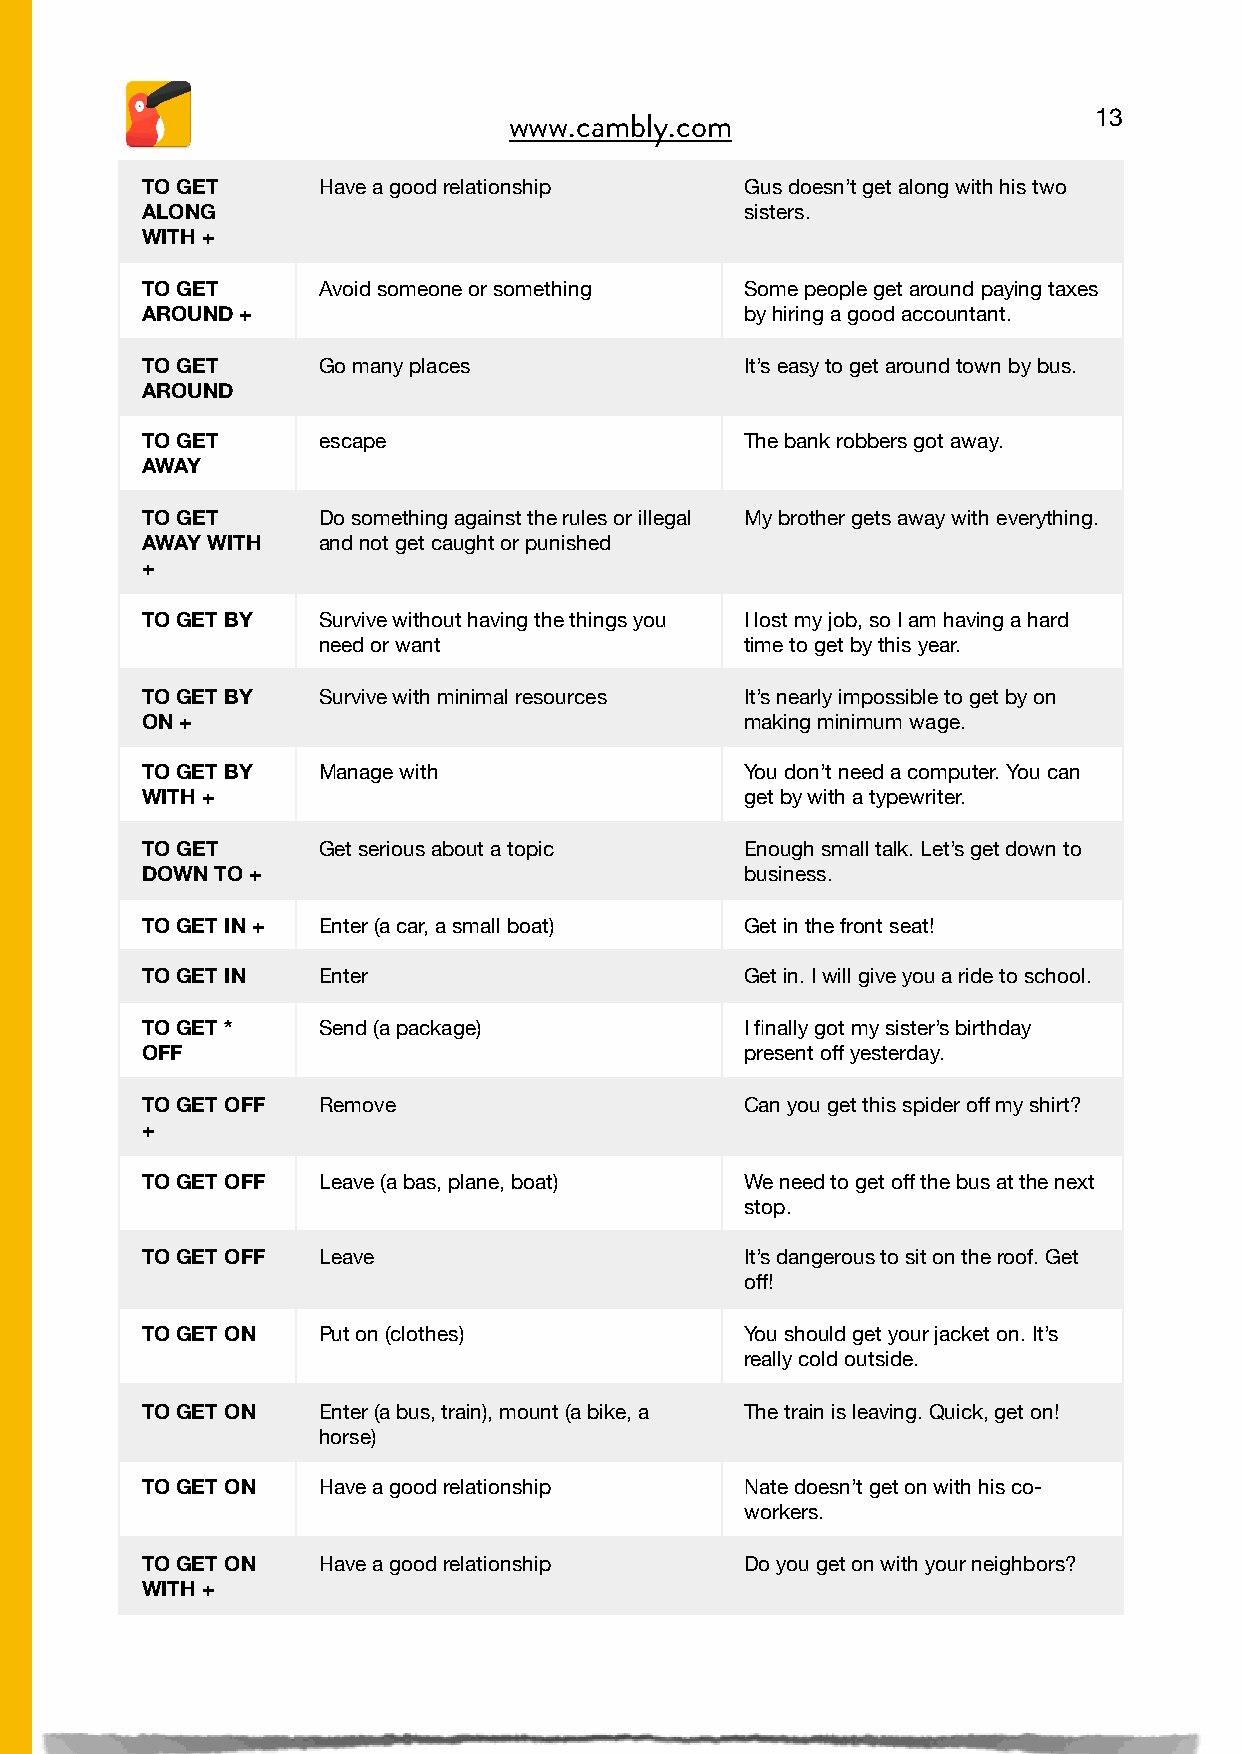
13
 www.cambly.com

 TO GET      Have a good relationship    Gus doesn’t get along with his two
 ALONG                                   sisters.
 WITH +
 TO GET      Avoid someone or something  Some people get around paying taxes
 AROUND +                                by hiring a good accountant.
 TO GET      Go many places              It’s easy to get around town by bus.
 AROUND
 TO GET      escape                      The bank robbers got away.
 AWAY
 TO GET      Do something against the rules or illegal My brother gets away with everything.
 AWAY WITH   and not get caught or punished
 +
 TO GET BY   Survive without having the things you I lost my job, so I am having a hard
 need or want                time to get by this year.
 TO GET BY   Survive with minimal resources It’s nearly impossible to get by on
 ON +                                    making minimum wage.
 TO GET BY   Manage with                 You don’t need a computer. You can
 WITH +                                  get by with a typewriter.
 TO GET      Get serious about a topic   Enough small talk. Let’s get down to
 DOWN TO +                               business.
 TO GET IN + Enter (a car, a small boat) Get in the front seat!
 TO GET IN   Enter                       Get in. I will give you a ride to school.
 TO GET *    Send (a package)            I finally got my sister’s birthday
 OFF                                     present off yesterday.
 TO GET OFF  Remove                      Can you get this spider off my shirt?
 +
 TO GET OFF  Leave (a bas, plane, boat)  We need to get off the bus at the next
 stop.
 TO GET OFF  Leave                       It’s dangerous to sit on the roof. Get
 off!
 TO GET ON   Put on (clothes)            You should get your jacket on. It’s
 really cold outside.
 TO GET ON   Enter (a bus, train), mount (a bike, a The train is leaving. Quick, get on!
 horse)
 TO GET ON   Have a good relationship    Nate doesn’t get on with his co-
 workers.
 TO GET ON   Have a good relationship    Do you get on with your neighbors?
 WITH +